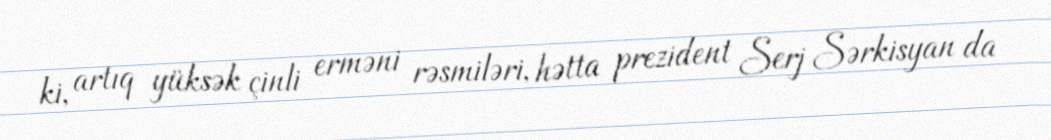
ki, artıq yüksək çinli erməni rəsmiləri, hətta prezident Serj Sərkisyan da